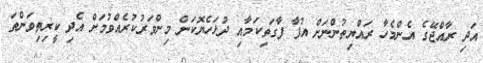
އަދި ރާއްޖޭގެ އެންމެހާ ރައްޔިތުންނަށް އުފާ ފާގަތިކަމާއި ދުޅަހެޔޮކަން މިންވަރުކުރެއްވުމަށް އެދި ކީރިތިވަންތަ